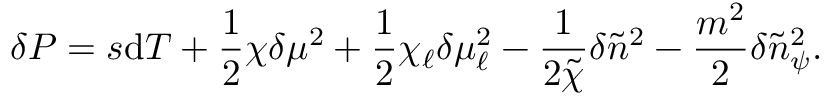
\delta P = s \mathrm { d } T + \frac { 1 } { 2 } \chi \delta \mu ^ { 2 } + \frac { 1 } { 2 } \chi _ { \ell } \delta \mu _ { \ell } ^ { 2 } - \frac { 1 } { 2 \tilde { \chi } } \delta \tilde { n } ^ { 2 } - \frac { m ^ { 2 } } { 2 } \delta \tilde { n } _ { \psi } ^ { 2 } .